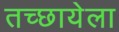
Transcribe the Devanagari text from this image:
तच्छायेला